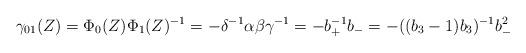
LaTeX: \begin{align*}\gamma_{01}(Z)=\Phi_0(Z)\Phi_1(Z)^{-1} =-\delta^{-1}\alpha\beta\gamma^{-1}=- b_+^{-1}b_- = -((b_3-1)b_3)^{-1} b_-^{2}\end{align*}